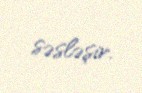
səsləşir.